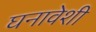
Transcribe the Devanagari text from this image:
घनावेशी